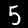
Label: 5